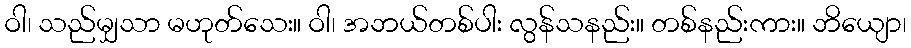
ဝါ၊ သည်မျှသာ မဟုတ်သေး။ ဝါ၊ အဘယ်တစ်ပါး လွန်သနည်း။ တစ်နည်းကား။ ဘိယျော၊